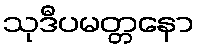
သုဒီပမတ္တနော